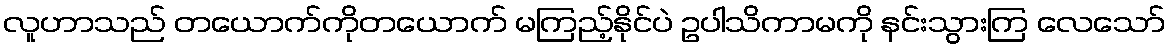
လူဟာသည် တယောက်ကိုတယောက် မကြည့်နိုင်ပဲ ဥပါသိကာမကို နင်းသွားကြ လေသော်